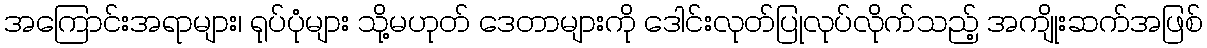
အကြောင်းအရာများ၊ ရုပ်ပုံများ သို့မဟုတ် ဒေတာများကို ဒေါင်းလုတ်ပြုလုပ်လိုက်သည့် အကျိုးဆက်အဖြစ်